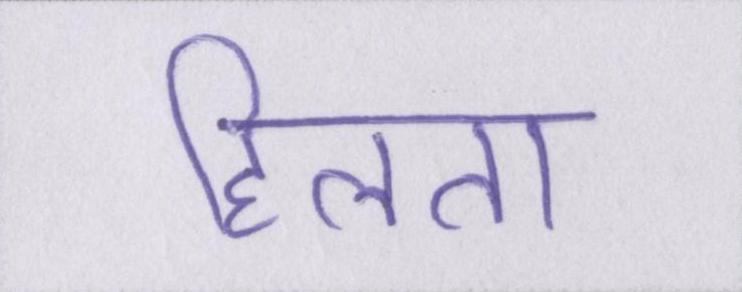
हिलता